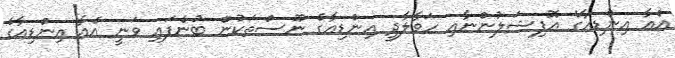
އެއާ އިންޑިއާގެ އޮފިޝަލުންނާއި ހަވާލާދީ އިންޑިއާގެ ނޫސްތަކުން ބުނެފައި ވަނީ އެއާ އިންޑިއާގެ